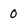
Character: 0